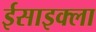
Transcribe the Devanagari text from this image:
ईसाइक्ला